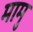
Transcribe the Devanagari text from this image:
मामु